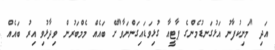
އަދި "މަނިކުފާނު އަޅުގަނޑުމެންގެ ޕާޓީއާ ގުޅިވަޑައިގަންނަވާ"ށޭ ބައެއް މެމްބަރުން ވިދާޅުވި އިރު ބައެއް